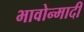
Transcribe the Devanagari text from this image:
भावोन्मादी